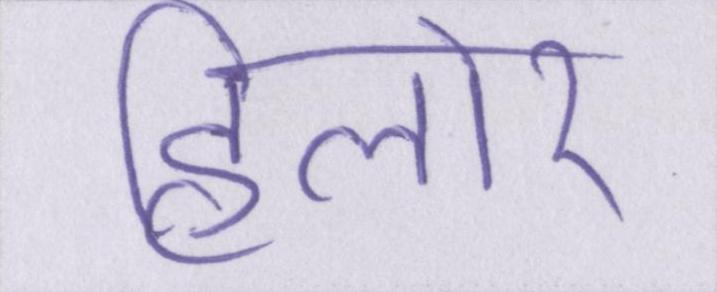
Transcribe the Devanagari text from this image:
हिलोर